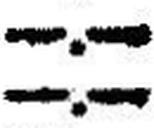
—.—